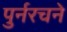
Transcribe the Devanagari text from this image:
पुर्नरचने